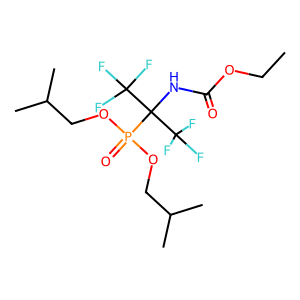
SMILES: CCOC(=O)NC(C(F)(F)F)(C(F)(F)F)P(=O)(OCC(C)C)OCC(C)C
Inhibits HIV replication: No